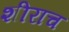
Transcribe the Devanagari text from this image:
शीराच